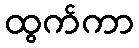
ထွက်ကာ